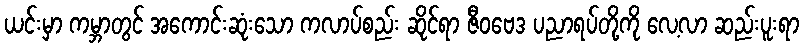
ယင်းမှာ ကမ္ဘာတွင် အကောင်းဆုံးသော ကလာပ်စည်း ဆိုင်ရာ ဇီဝဗေဒ ပညာရပ်တို့ကို လေ့လာ ဆည်းပူးရာ